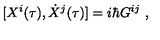
[ X ^ { i } ( \tau ) , \dot { X } ^ { j } ( \tau ) ] = i \hbar G ^ { i j } \ ,